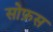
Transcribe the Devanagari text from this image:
सोफ़स